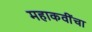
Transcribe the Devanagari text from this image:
महाकवींचा